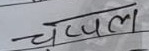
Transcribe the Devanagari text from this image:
चप्पल